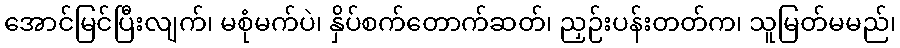
အောင်မြင်ပြီးလျက်၊ မစုံမက်ပဲ၊ နှိပ်စက်တောက်ဆတ်၊ ညှဉ်းပန်းတတ်က၊ သူမြတ်မမည်၊